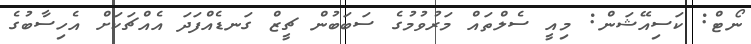
ނޯޓް: ކަސިއޭޝަން: މިއީ ސެލްތައް މަރުވުމުގެ ސަބަބުން ޗީޒް ގަނޑެއްފަދަ އެއްޗަކަށް އެހިސާބުގެ